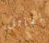
لقاتل